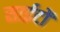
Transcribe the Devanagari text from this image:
साईटों